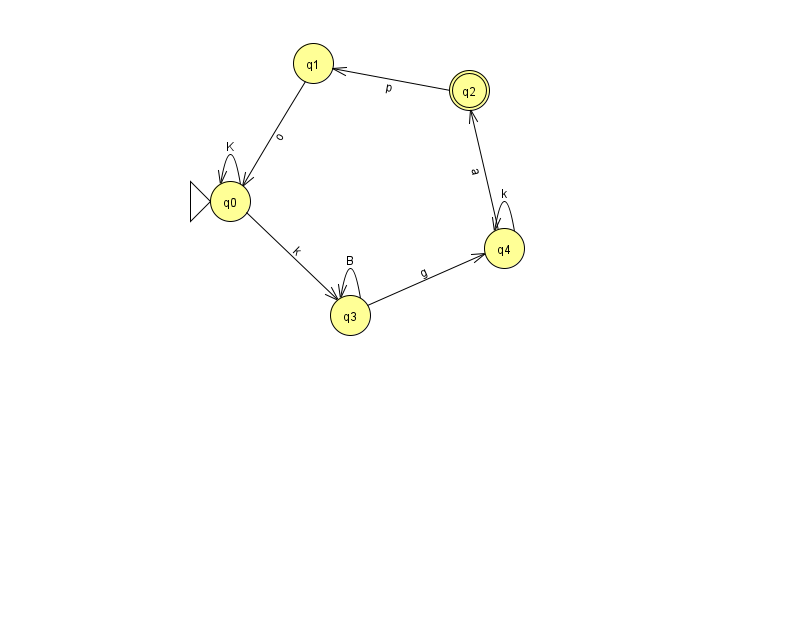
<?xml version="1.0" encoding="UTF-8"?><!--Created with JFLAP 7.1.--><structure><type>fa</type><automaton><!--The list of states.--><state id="0" name="q0"><x>230.0</x><y>188.0</y><initial/></state><state id="1" name="q1"><x>313.0</x><y>50.0</y></state><state id="2" name="q2"><x>469.0</x><y>77.0</y><final/></state><state id="3" name="q3"><x>350.0</x><y>302.0</y></state><state id="4" name="q4"><x>504.0</x><y>235.0</y></state><!--The list of transitions.--><transition><from>3</from><to>3</to><read>B</read></transition><transition><from>0</from><to>3</to><read>k</read></transition><transition><from>3</from><to>4</to><read>g</read></transition><transition><from>4</from><to>2</to><read>a</read></transition><transition><from>2</from><to>1</to><read>p</read></transition><transition><from>0</from><to>0</to><read>K</read></transition><transition><from>4</from><to>4</to><read>k</read></transition><transition><from>1</from><to>0</to><read>o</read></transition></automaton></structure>